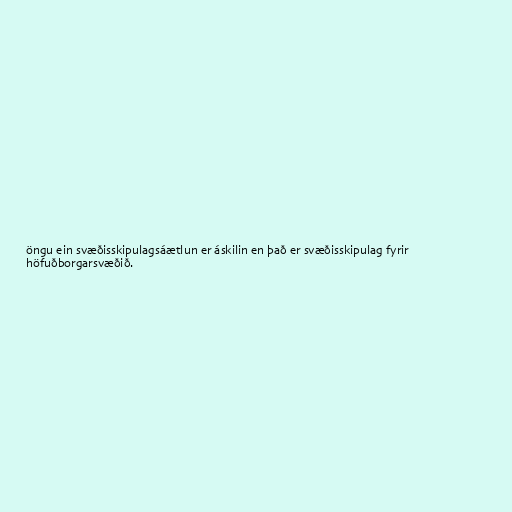
öngu ein svæðisskipulagsáætlun er áskilin en það er svæðisskipulag fyrir
höfuðborgarsvæðið.